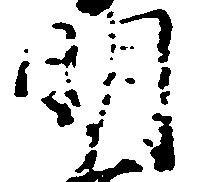
明